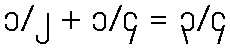
၁/၂ + ၁/၄ = ၃/၄